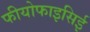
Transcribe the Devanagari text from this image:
फीयोफाइसिई